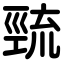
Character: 巰